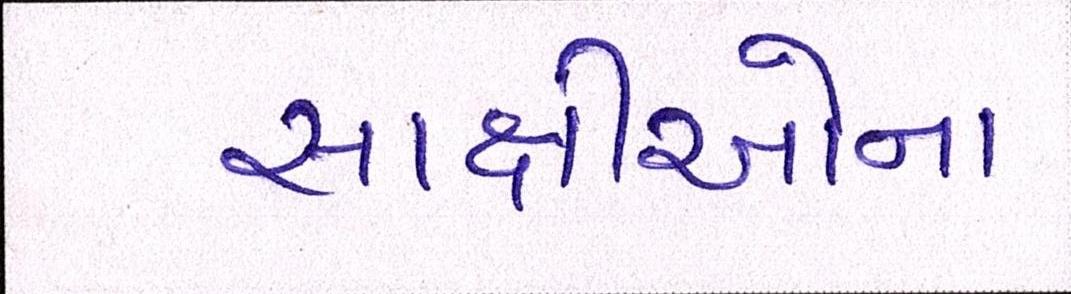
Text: સાક્ષીઓના